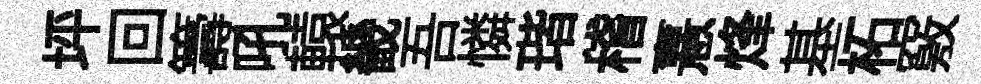
坪回籌吼轅畿吾憐瑎稽憙烽基柘竅